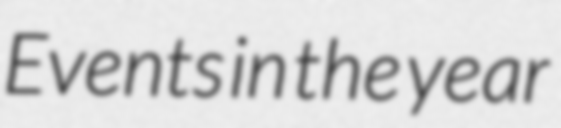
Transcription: Events in the year